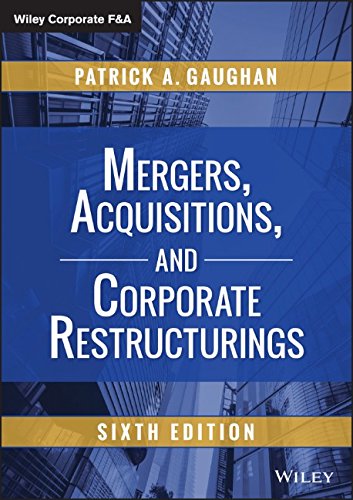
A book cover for Mergers, Acquisitions, and Corporate Restructurings (Newest Edition) (Wiley Corporate F&A); Patrick A. Gaughan; Business & Money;